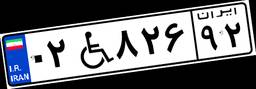
۰۲W۸۲۶۹۲